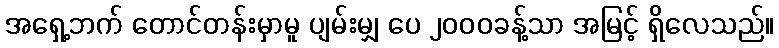
အရှေ့ဘက် တောင်တန်းမှာမူ ပျမ်းမျှ ပေ ၂၀၀၀ခန့်သာ အမြင့် ရှိလေသည်။